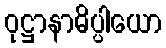
ဝုဋ္ဌာနာဓိပ္ပါယော